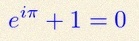
e^{i\pi}+1=0